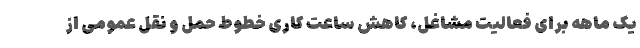
یک ماهه برای فعالیت مشاغل، کاهش ساعت کاری خطوط حمل و نقل عمومی از